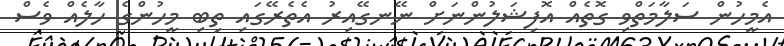
އެމީހުން ސަލާމަތްވި ގޮތެއް އޮފިޝަލުންނަށް ނޭނގޭއިރު އެތެރޭގައި ތިބި މީހުންގެ ހާލެއް ވެސް